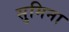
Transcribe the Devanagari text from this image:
सुमिना